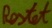
Text: Restet